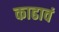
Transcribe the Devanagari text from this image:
काढावं